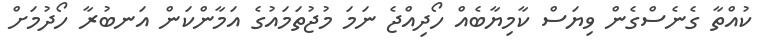
ކުއްތާ ގެނެސްގެން ވިޔަސް ކާމިޔާބެއް ހޯދިއްޖެ ނަމަ މުޖުތަމައުގެ އަމާންކަން އަނބުރާ ހޯދުމަށް